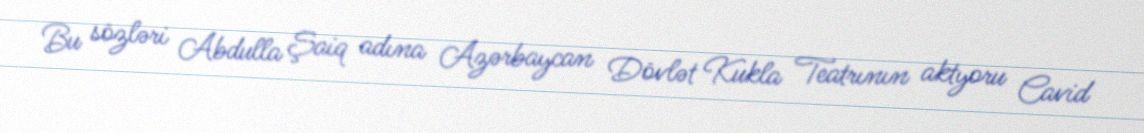
Bu sözləri Abdulla Şaiq adına Azərbaycan Dövlət Kukla Teatrının aktyoru Cavid